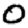
Digit: 0